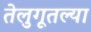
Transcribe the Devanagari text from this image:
तेलुगूतल्या